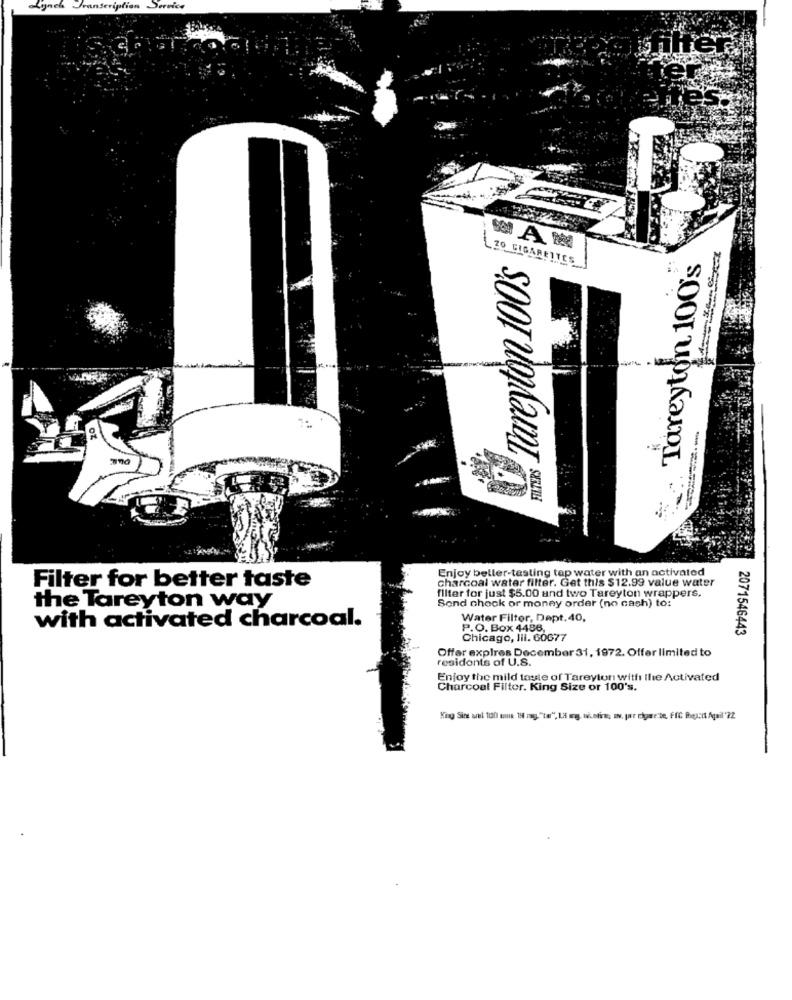
Transcription
Service
Tareyton 100's
20 CIGARETTES
Enjoy betler-testing tap water with an activated
Filter for better taste
charcoal water filter. Get this $12.99 value water
the Tareyton way
Send chock or money order (no cash) to:
filter for just $5.00 and two Tareyton wrappers.
with activated charcoal.
Water Filter, Dapt.40,
P.O. Box 4486,
2071546443
Chicago, Ill. 60677
Offer expires December 31, 1972. Offer limited to
residents of U.S.
Enjoy the mild taste of Tareyion with Ilie Activated
Charcoal Filter. King Size or 100's.
King Sine arl 1130 mus 19 mg."tar", 18 mg, wi.ofirs, INv. par cigarette, FfC Paa:it Agail'?2